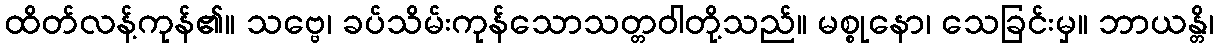
ထိတ်လန့်ကုန်၏။ သဗ္ဗေ၊ ခပ်သိမ်းကုန်သောသတ္တဝါတို့သည်။ မစ္စုနော၊ သေခြင်းမှ။ ဘာယန္တိ၊